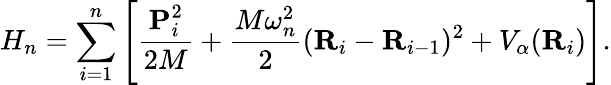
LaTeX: H_{n}=\sum_{i=1}^{n}\left[\frac{\textbf{P}_{i}^{2}}{2M}+\frac{M\omega_{n}^{2}}{2}(\textbf{R}_{i}-\textbf{R}_{i-1})^{2}+V_{\alpha}(\textbf{R}_{i})\right].